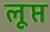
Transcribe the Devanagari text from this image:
लूप्त